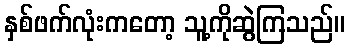
နှစ်ဖက်လုံးကတော့ သူ့ကိုဆွဲကြသည်။